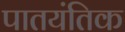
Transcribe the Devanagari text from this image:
पातयंतिक